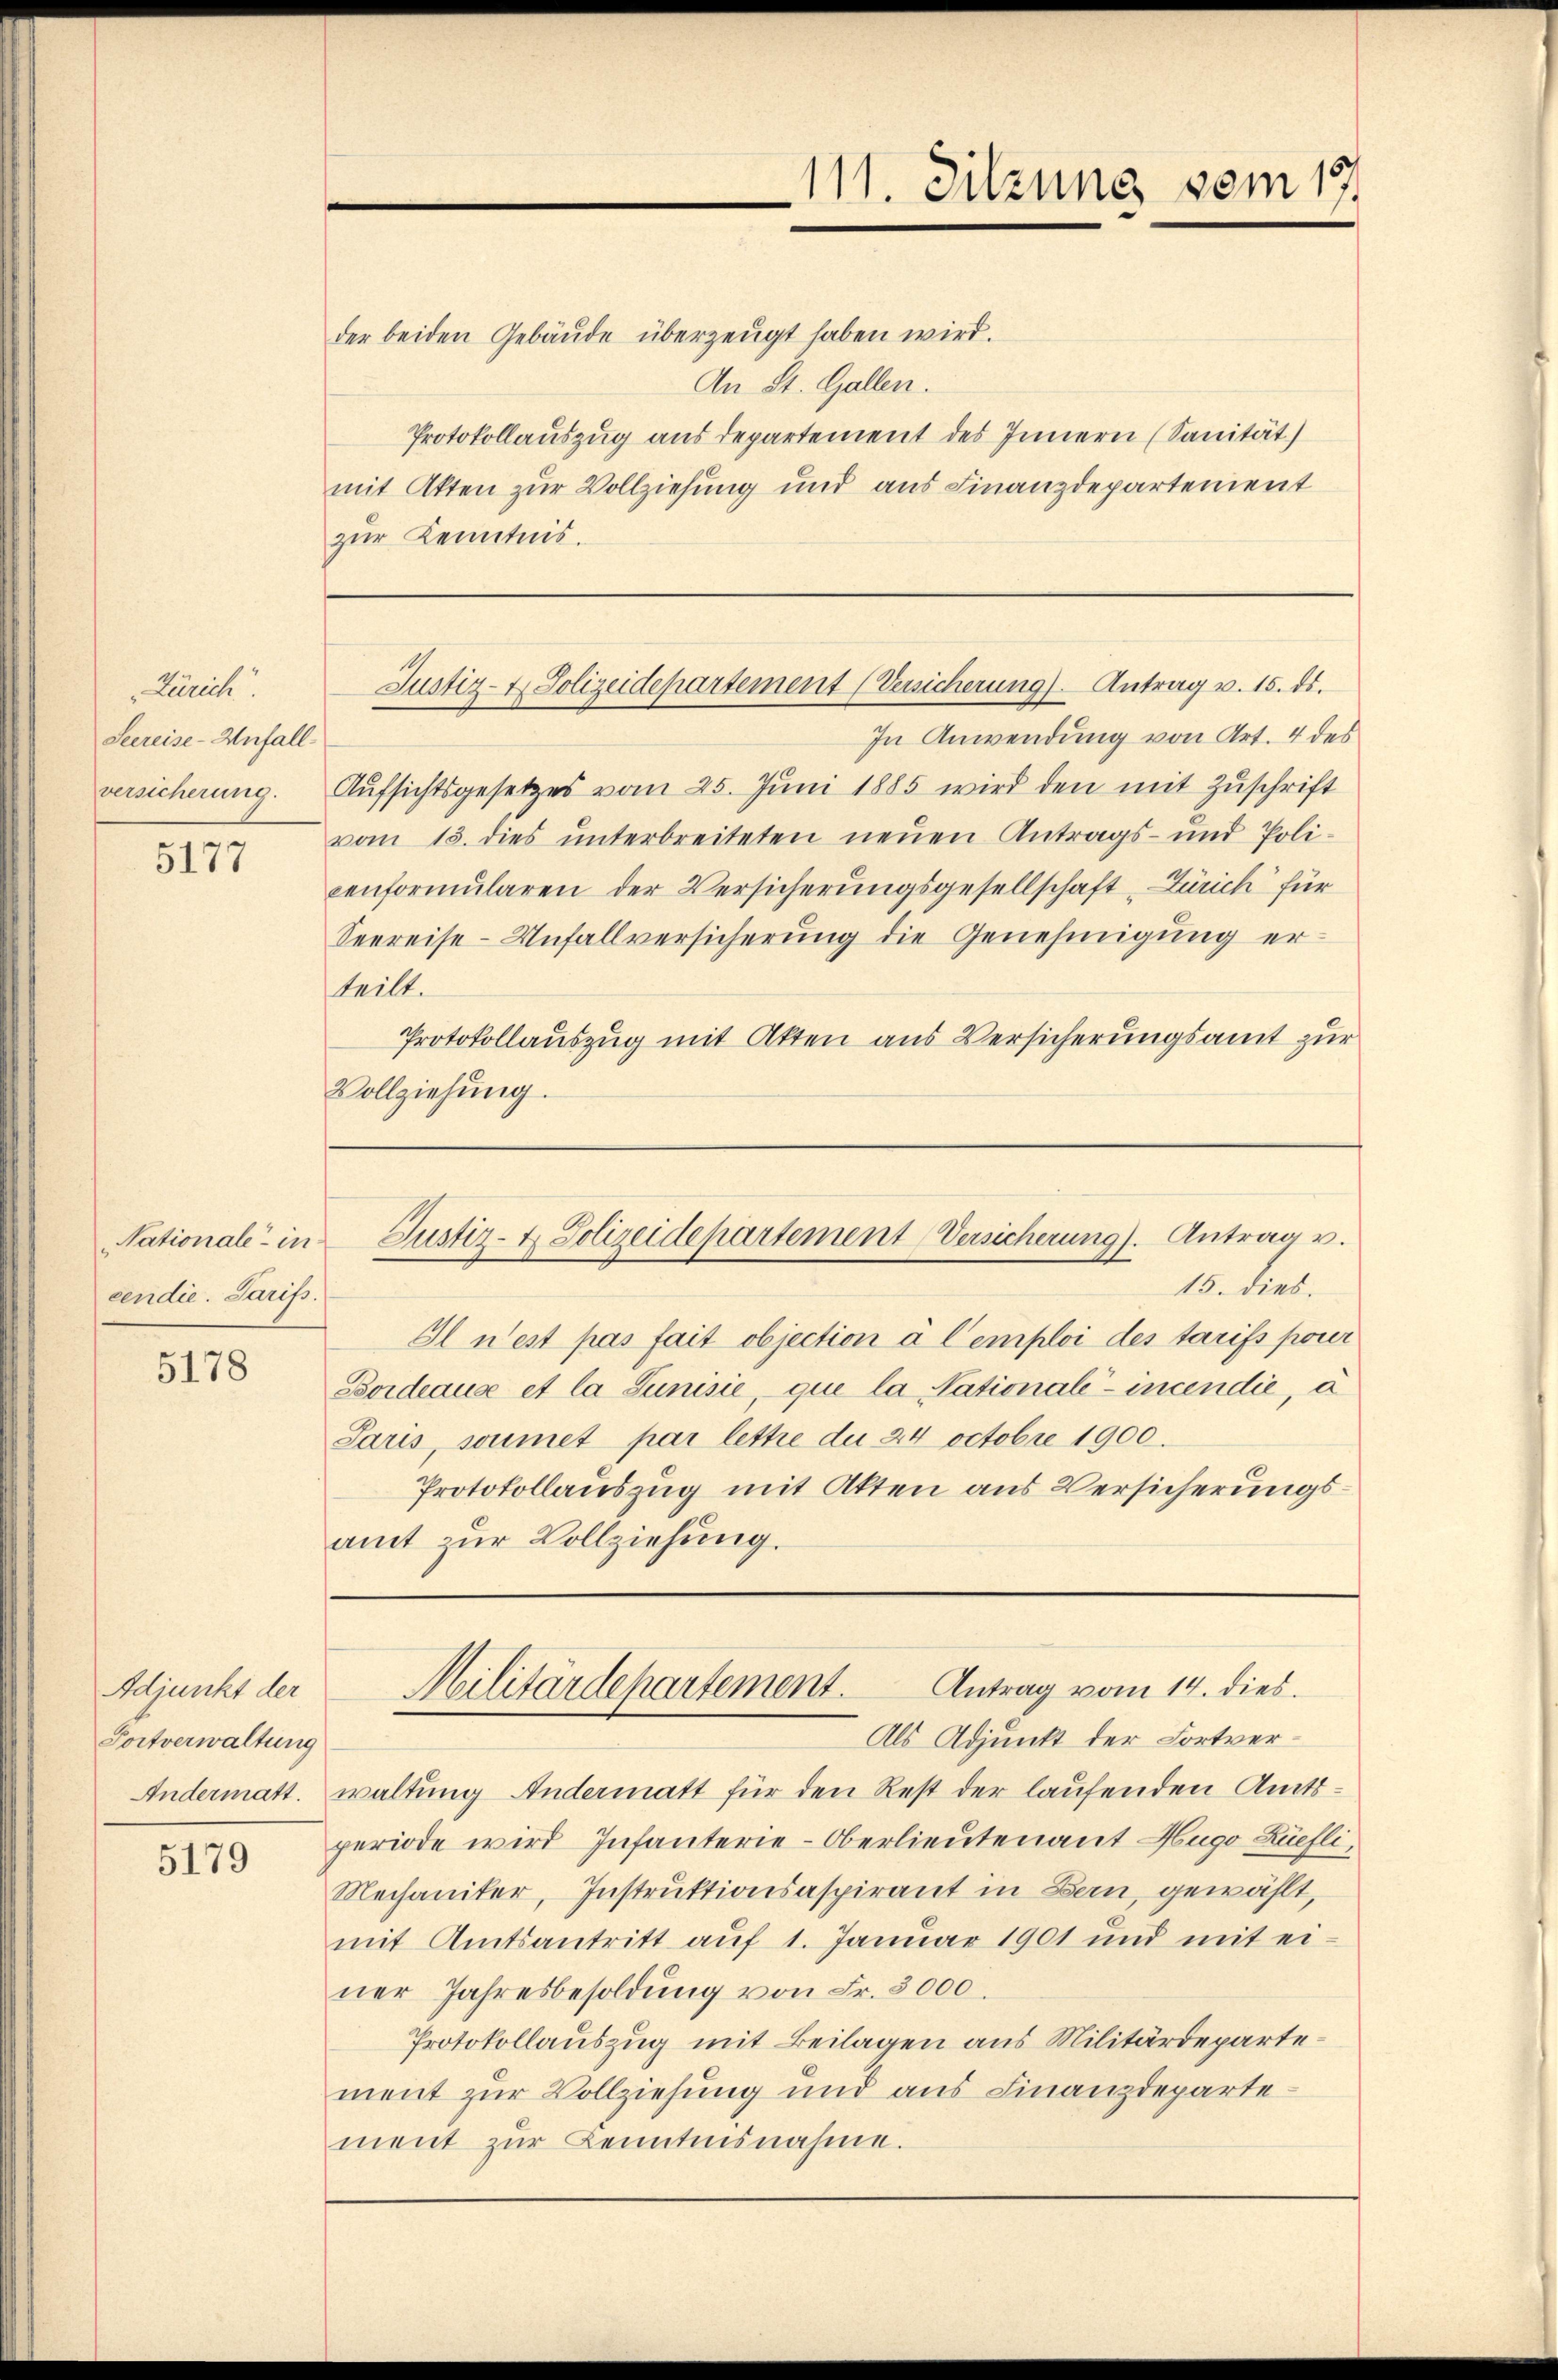
Zürich
Seereise - Anfall
versicherung.

5177

Nationale - in
cendie. Tarifs.

5178

Adjunkt der
Portverwaltung
Andermatt.

5179

111. Sitzung vom 17.

der beiden Gebäude überzeugt haben wird.
An St. Gallen.
Protokollauszug aus departement des Innern (Sanität)
mit Akten zur Vollziehung und aus Finanzdepartement
zur Kenntnis.

Justiz- & Polizeidepartement (Versicherung) Antrag v. 15. ds.

In Anwendung von Art. 4 des
Aufsichtsgesetzes vom 25. Juni 1885 wird den mit Zuschrift
vom 15. dies unterbreiteten neuen Antrags- und Poli-
conformularen der Versicherungsgesellschaft Zürich für
Seereise-Unfallversicherung die Genehmigung er-
teilt.
Protokollauszug mit Akten aus Versicherungsamt zur
Vollziehung.

15. dies.
Il n’est pas fait objection à Cemploi des tarifs pour
Boideaus et la Junisie, que la Nationale - incendie, à
Paris, soumet par lettre die 24 octobre 1900.
Protokollauszug mit Akten aus Versicherungsamt zur Vollziehung.

Justiz- & Polizeidepartement Versicherung. Antrag u.

Als Adjunkt der Fortverwaltung Andermatt für den Rest der laufenden Amtsperiode wird Infanterie-Oberlieutenant Hugo Küefli,
Mechaniker, Instruktionsaspirant in Bern, gewählt,
mit Amtsantritt aŭf 1. Januar 1901 und mit ei-
ner Jahresbesoldŭng von Fr. 3000.
Protokollauszug mit Beilagen aus Militärdepartement zur Vollziehung und aus Finanzdepartement zur Kenntnisnahme.

Antrag vom 14. dies
Militärdepartement.